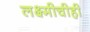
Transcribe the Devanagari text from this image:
लक्ष्मीचीही